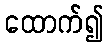
ထောက်၍